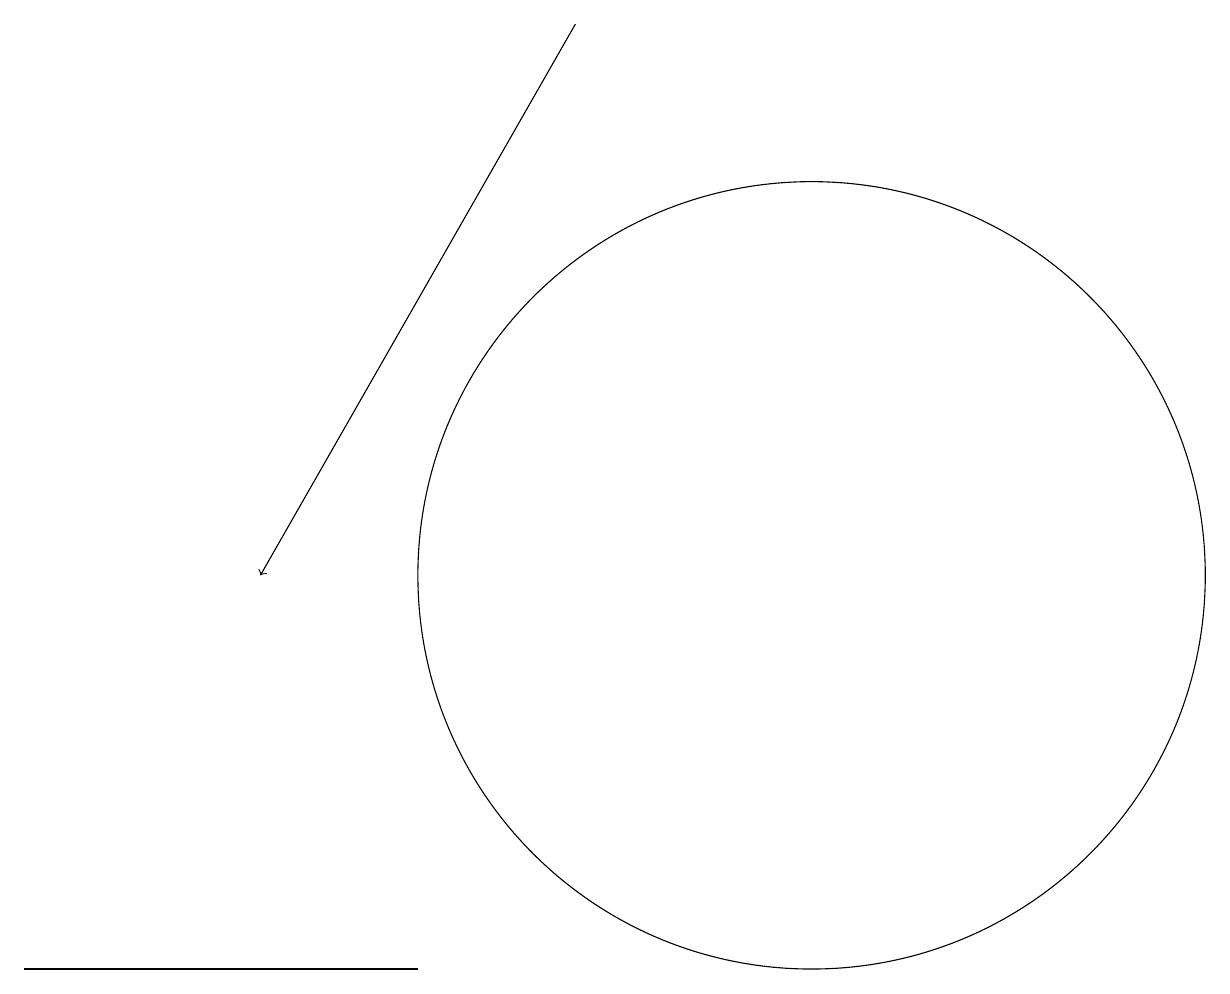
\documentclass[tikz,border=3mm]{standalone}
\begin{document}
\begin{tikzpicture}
\draw[->] (7,18) -- (3,11);
\draw (4,6) -- (0,6) -- (5,6) -- cycle;
\draw (10,11) circle (5);
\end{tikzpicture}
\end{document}